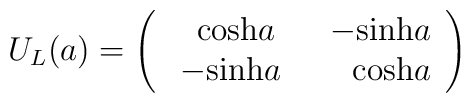
U_L(a)=\left(   \begin{array}{cc}          \ \ {\rm cosh}a & \ \ -{\rm sinh}a   \\           \ -{\rm sinh}a & \ \ \ \ {\rm cosh}a    \end{array}\right)